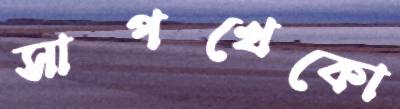
সাপখেকো